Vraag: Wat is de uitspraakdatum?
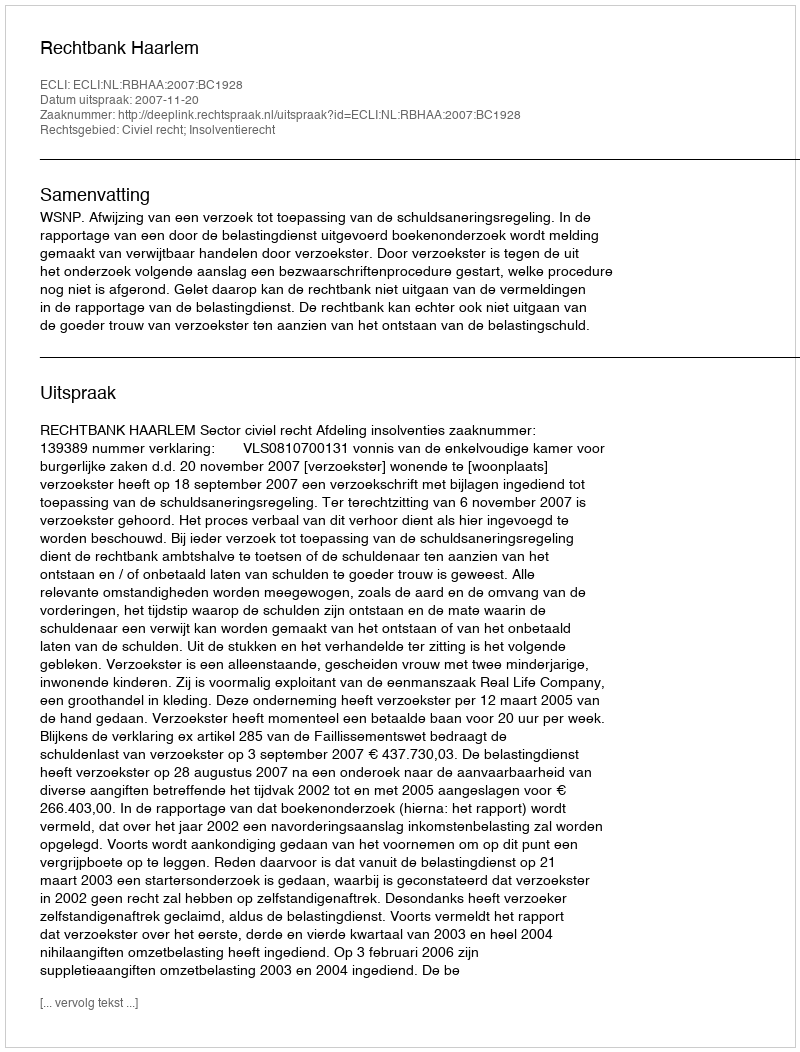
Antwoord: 2007-11-20